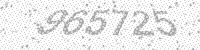
Solution: 965725